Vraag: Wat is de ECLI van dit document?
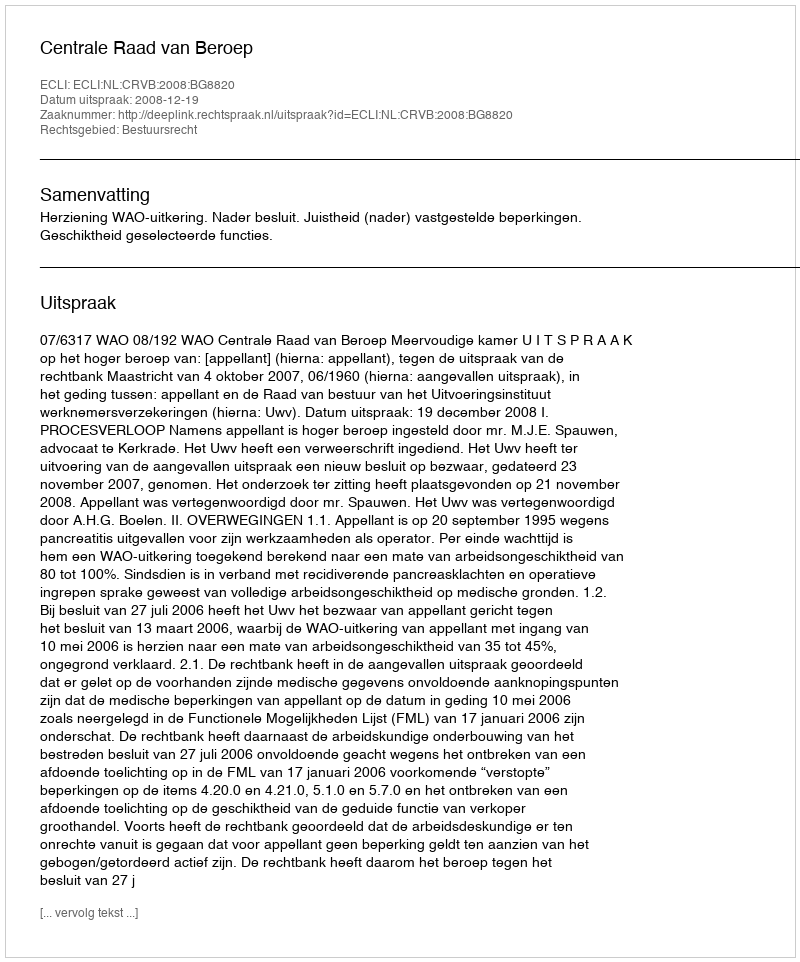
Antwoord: ECLI:NL:CRVB:2008:BG8820